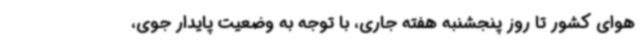
هوای کشور تا روز پنجشنبه هفته جاری، با توجه به وضعیت پایدار جوی،